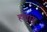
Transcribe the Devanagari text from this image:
हलागू